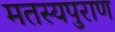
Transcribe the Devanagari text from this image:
मतस्यपुराण